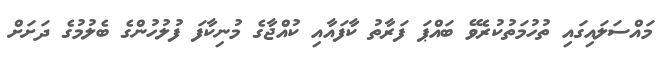
މައްސަލައިގައި ތުހުމަތުކުރެވޭ ބައްޕަ ފަރާތު ކާފައާއި ކުއްޖާގެ މުނިކާފަ ފުލުހުންގެ ބެލުމުގެ ދަށަށް